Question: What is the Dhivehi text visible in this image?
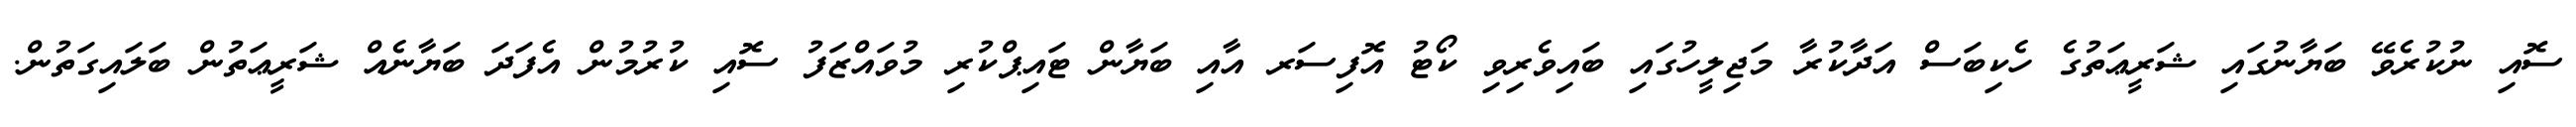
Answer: ސޮއި ނުކުރެވޭ ބަޔާނުގައި ޝަރީޢަތުގެ ހެކިބަސް އަދާކުރާ މަޖިލީހުގައި ބައިވެރިވި ކޯޓު އޮފިސަރ އާއި ބަޔާން ޓައިޕްކުރި މުވައްޒަފު ސޮއި ކުރުމުން އެފަދަ ބަޔާނެއް ޝަރީޢަތުން ބަލައިގަތުން.